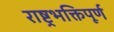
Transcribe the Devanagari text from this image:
राष्ट्रभक्तिपूर्ण